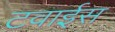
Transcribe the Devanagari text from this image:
टवाईस